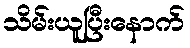
သိမ်းယူပြီးနောက်